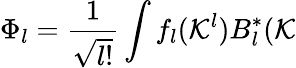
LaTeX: \Phi_{l}=\frac{1}{\sqrt{l!}}\int f_{l}({\cal K}^{l})B_{l}^{\ast}({\cal K}